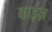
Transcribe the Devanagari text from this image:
वाईज़